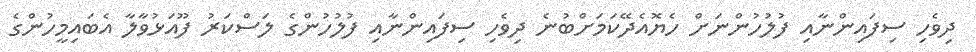
ދިވެހި ސިފައިންނާއި ފުލުހުންނަށް ހެޔޮއެދޭކަމަށްބުނެ ދިވެހި ސިފައިންނާއި ފުލުހުންގެ ލަސްކަރު ފޫއަޅުވާލާ އެބައިމީހުންގެ